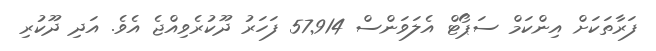
ފަރާތަކަށް އިންކަމް ސަޕޯޓް އެލަވަންސް 57